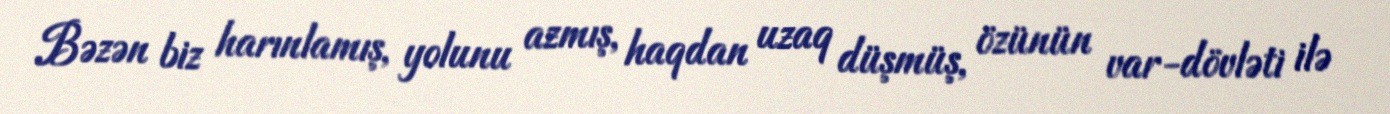
Bəzən biz harınlamış, yolunu azmış, haqdan uzaq düşmüş, özünün var-dövləti ilə